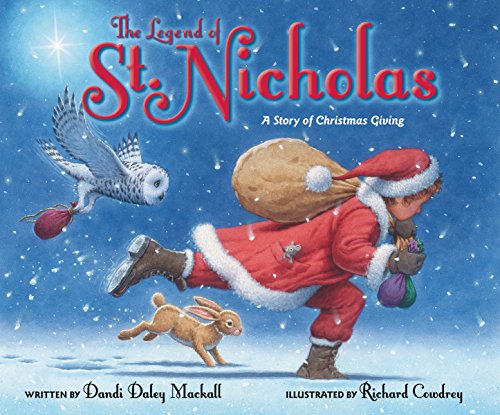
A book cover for The Legend of St. Nicholas: A Story of Christmas Giving; Dandi Daley Mackall; Christian Books & Bibles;